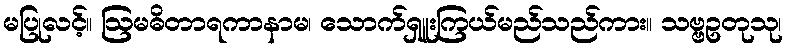
မပြုလင့်။ ဩမဓိတာရကာနာမ၊ သောက်ရှူးကြယ်မည်သည်ကား။ သဗ္ဗဥတုသု၊